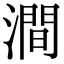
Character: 澗